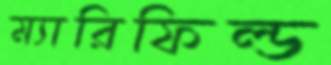
ম্যারিফিল্ড